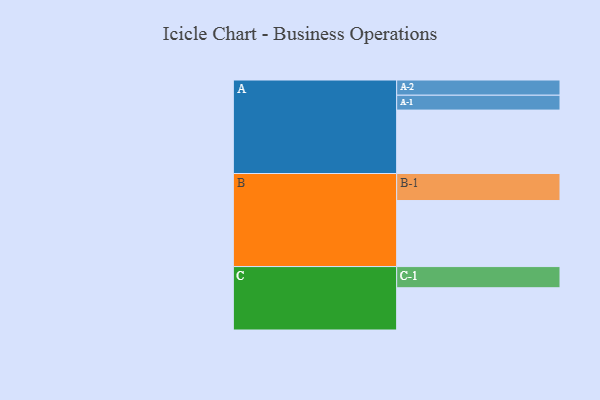
{"axis": {"x": "Segment", "y": "Value"}, "legend": ["", "A", "B", "C"], "data": [{"x": "A", "y": 563, "type": ""}, {"x": "B", "y": 586, "type": ""}, {"x": "C", "y": 375, "type": ""}, {"x": "A-1", "y": 132, "type": "A"}, {"x": "A-2", "y": 135, "type": "A"}, {"x": "B-1", "y": 240, "type": "B"}, {"x": "C-1", "y": 188, "type": "C"}]}